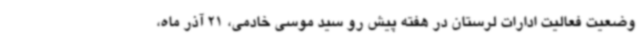
وضعیت فعالیت ادارات لرستان در هفته پیش رو سید موسی خادمی، 21 آذر ماه،